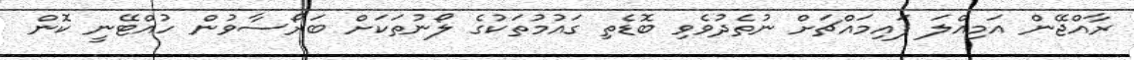
ރާއްޖޭން އަމިއްލަ ފައިމައްޗަށް ނުތެދުވެވި ބޮޑެތި ގައުމުތަކުގެ ލޯނުތަކަށް ބަރޯސާވުން ހުއްޓޭނީ ކޮން